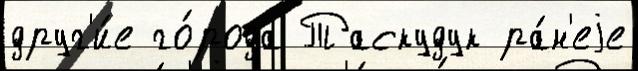
друг'и́е го́рода Таскудук ра́н'еjе